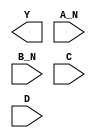
module sky130_fd_sc_lp__nand4bb (
    Y  ,
    A_N,
    B_N,
    C  ,
    D
);

    output Y  ;
    input  A_N;
    input  B_N;
    input  C  ;
    input  D  ;

    // Voltage supply signals
    supply1 VPWR;
    supply0 VGND;
    supply1 VPB ;
    supply0 VNB ;

endmodule